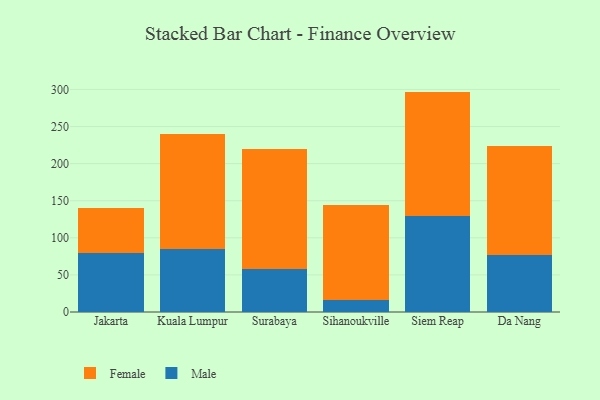
{"axis": {"x": "City", "y": "Backlog"}, "legend": ["Female", "Male"], "data": [{"x": "Jakarta", "y": 79.8, "type": "Male"}, {"x": "Jakarta", "y": 60.7, "type": "Female"}, {"x": "Kuala Lumpur", "y": 84.9, "type": "Male"}, {"x": "Kuala Lumpur", "y": 155.0, "type": "Female"}, {"x": "Surabaya", "y": 57.9, "type": "Male"}, {"x": "Surabaya", "y": 161.8, "type": "Female"}, {"x": "Sihanoukville", "y": 16.7, "type": "Male"}, {"x": "Sihanoukville", "y": 127.0, "type": "Female"}, {"x": "Siem Reap", "y": 129.6, "type": "Male"}, {"x": "Siem Reap", "y": 167.5, "type": "Female"}, {"x": "Da Nang", "y": 76.8, "type": "Male"}, {"x": "Da Nang", "y": 147.6, "type": "Female"}]}